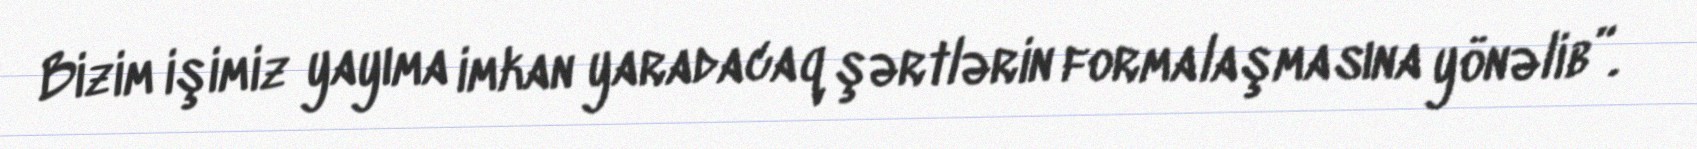
Bizim işimiz yayıma imkan yaradacaq şərtlərin formalaşmasına yönəlib”.